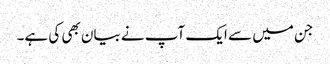
جن میں‌ سے ایک آپ نے بیان بھی کی ہے۔